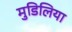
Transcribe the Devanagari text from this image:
मुडिलिया